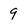
Character: 9